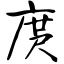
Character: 庹